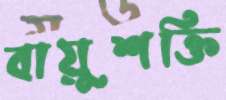
বায়ুশক্তি